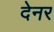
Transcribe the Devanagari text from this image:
देनर